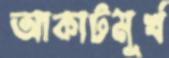
আকাটমূর্খ